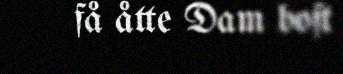
få åtte Dam boft